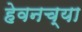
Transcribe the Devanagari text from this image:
हेवनच्या